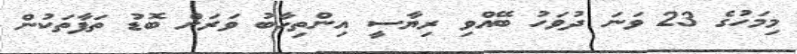
މިމަހުގެ 23 ވަނަ ދުވަހު ބޭއްވި ރިޔާސީ އިންތިހާބު ވަރަށް ބޮޑު ތަފާތަކުން